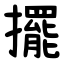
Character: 擺